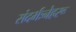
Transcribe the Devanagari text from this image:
संदर्भःनेहरू